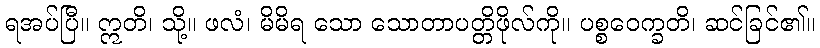
ရအပ်ပြီ။ ဣတိ၊ သို့။ ဖလံ၊ မိမိရ သော သောတာပတ္တိဖိုလ်ကို။ ပစ္စဝေက္ခတိ၊ ဆင်ခြင်၏။